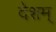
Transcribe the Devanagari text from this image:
देशम्‌